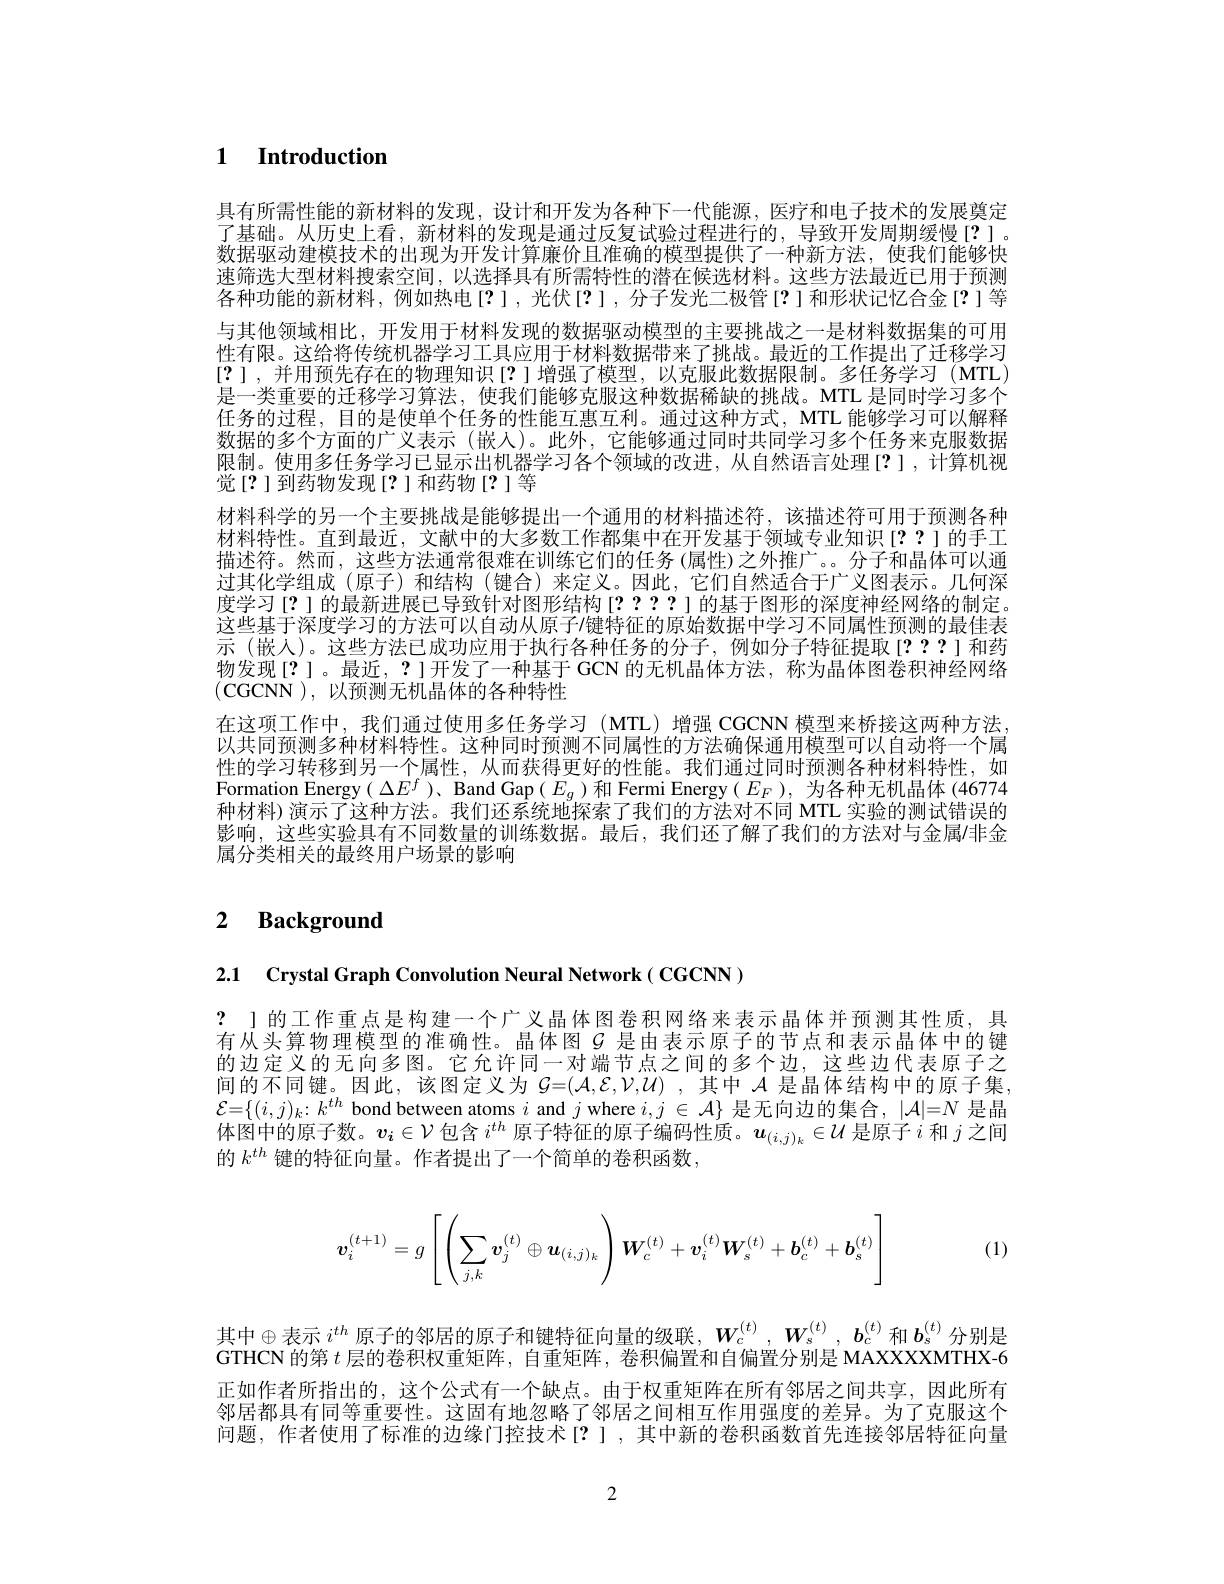
### $\textbf{1}$ $\textbf{Introduction}$

具有所需性能的新材料的发现，设计和开发为各种下一代能源，医疗和电子技术的发展奠定了基础。从历史上看，新材料的发现是通过反复试验过程进行的，导致开发周期缓慢[?]。数据驱动建模技术的出现为开发计算廉价且准确的模型提供了一种新方法，使我们能够快速筛选大型材料搜索空间，以选择具有所需特性的潜在候选材料。这些方法最近已用于预测各种功能的新材料，例如热电[?],光伏[?],分子发光二极管[?]和形状记忆合金[?]等与其他领域相比，开发用于材料发现的数据驱动模型的主要挑战之一是材料数据集的可用性有限。这给将传统机器学习工具应用于材料数据带来了挑战。最近的工作提出了迁移学习[?],并用预先存在的物理知识[?]增强了模型，以克服此数据限制。多任务学习(MTL) 是一类重要的迁移学习算法，使我们能够克服这种数据稀缺的挑战。MTL 是同时学习多个任务的过程，目的是使单个任务的性能互惠互利。通过这种方式，MTL 能够学习可以解释数据的多个方面的广义表示(嵌入)。此外，它能够通过同时共同学习多个任务来克服数据限制。使用多任务学习已显示出机器学习各个领域的改进，从自然语言处理[?],计算机视觉[?]到药物发现[?]和药物[?]等
材料科学的另一个主要挑战是能够提出一个通用的材料描述符，该描述符可用于预测各种材料特性。直到最近，文献中的大多数工作都集中在开发基于领域专业知识[??]的手工描述符。然而，这些方法通常很难在训练它们的任务 (属性)之外推广。。分子和晶体可以通过其化学组成(原子)和结构(键合)来定义。因此，它们自然适合于广义图表示。几何深度学习[?] 的最新进展已导致针对图形结构[?????]的基于图形的深度神经网络的制定。这些基于深度学习的方法可以自动从原子/键特征的原始数据中学习不同属性预测的最佳表示 (嵌人)。这些方法已成功应用于执行各种任务的分子，例如分子特征提取[???]和药物发现[?]。最近，?]开发了一种基于 GCN 的无机晶体方法，称为晶体图卷积神经网络(CGCNN ),以预测无机晶体的各种特性
在这项工作中，我们通过使用多任务学习(MTL)增强 CGCNN 模型来桥接这两种方法以共同预测多种材料特性。这种同时预测不同属性的方法确保通用模型可以自动将一个属性的学习转移到另一个属性，从而获得更好的性能。我们通过同时预测各种材料特性，如Formation Energy( $\Delta E^f$ )、Band Gap( $E_g$ )和 Fermi Energy( $E_F$ ), 为各种无机晶体 (46774种材料)演示了这种方法。我们还系统地探索了我们的方法对不同 MTL 实验的测试错误的影响，这些实验具有不同数量的训练数据。最后，我们还了解了我们的方法对与金属$\prime$非金属分类相关的最终用户场景的影响

# 2 $\textbf{Background}$

2.1 Crystal Graph Convolution Neural Network( CGCNN )

? 」的工作重点是构建一个广义晶体图卷积网络来表示晶体并预测其性质，具有从头算物理模型的准确性。晶体图$G$ 是由表示原子的节点和表示晶体中的键的边定义的无向多图。它允许同一对端节点之间的多个边，这些边代表原子之间的不同键。因此，该图定义为$\mathcal{G}=(\mathcal{A},\mathcal{E},\mathcal{V},\mathcal{U})~$,其中$\mathcal{A}$是晶体结构中的原子集， $\mathcal{E}=\{(i,j)_k:k^{th}$ bond between atoms $i$ and $j$ where $i,j\in\mathcal{A}\}$是无向边的集合，$|\mathcal{A}|=N$是晶体图中的原子数。$v_i\in\mathcal{V}$包含$i^th$原子特征的原子编码性质。$u_(i,j)_k\in\mathcal{U}$是原子$i$和$j$之间的$k^{th}$键的特征向量。作者提出了一个简单的卷积函数，
$$\boldsymbol{v}_i^{(t+1)}=g\left[\left(\sum_{j,k}\boldsymbol{v}_j^{(t)}\oplus\boldsymbol{u}_{(i,j)_k}\right)\boldsymbol{W}_c^{(t)}+\boldsymbol{v}_i^{(t)}\boldsymbol{W}_s^{(t)}+\boldsymbol{b}_c^{(t)}+\boldsymbol{b}_s^{(t)}\right]$$
(1)

其中$\oplus$表示$i^{th}$原子的邻居的原子和键特征向量的级联，$W_c^{(t)},W_s^{(t)},\boldsymbol{b}_c^{(t)}$和$\boldsymbol{b}_s^{(t)}$分别是GTHCN 的第$t$层的卷积权重矩阵，自重矩阵，卷积偏置和自偏置分别是 MAXXXXMTHX-6正如作者所指出的，这个公式有一个缺点。由于权重矩阵在所有邻居之间共享，因此所有邻居都具有同等重要性。这固有地忽略了邻居之间相互作用强度的差异。为了克服这个问题，作者使用了标准的边缘门控技术[?],其中新的卷积函数首先连接邻居特征向量

2